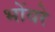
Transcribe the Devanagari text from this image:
भोंयरे